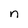
Character: n